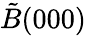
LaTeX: \tilde{B}(000)